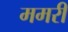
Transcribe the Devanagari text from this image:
ममरी